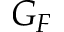
G _ { F }